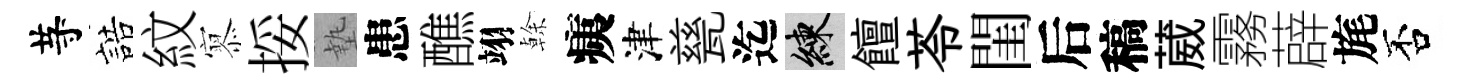
䒭誥紋𡪹挼墊患醮翊𠏉痍津甆迄練饘苓閨后稿葳霧薜旄否